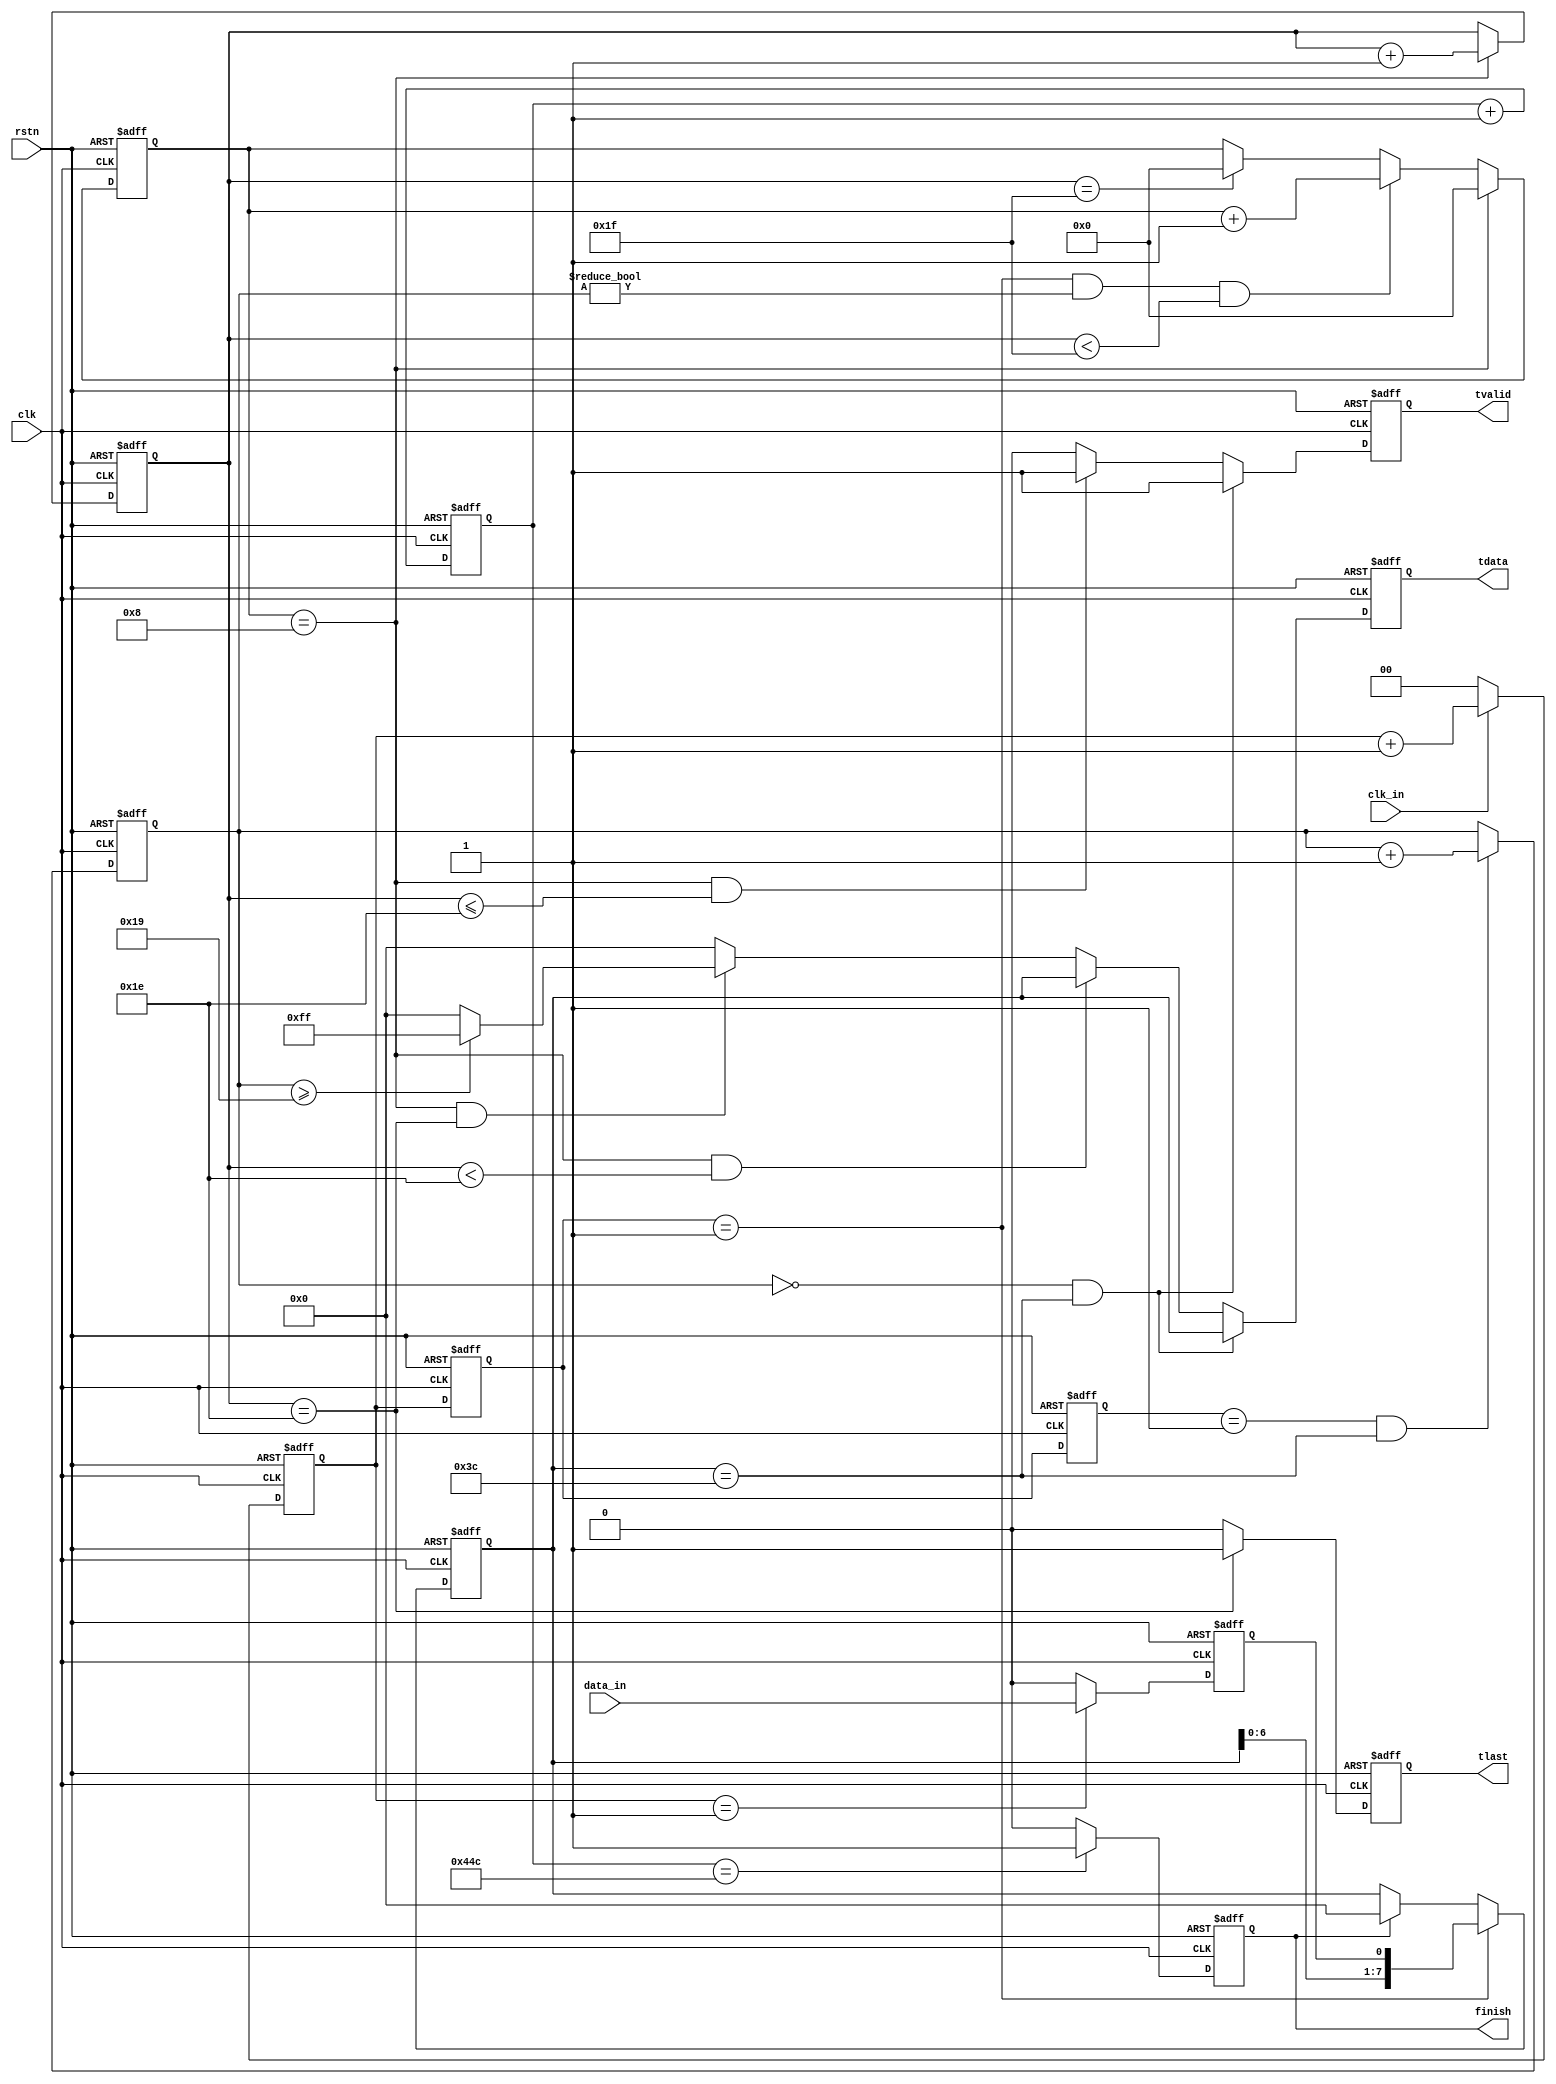
module check422_rx (
                    clk,
					rstn,
					clk_in,
					data_in,
					tvalid,
					tlast,
					tdata,
					finish
					);

input         clk;
input         rstn;
input         clk_in;
input         data_in;
output        tvalid;
output        tlast;
output  [7:0] tdata;
output        finish;

parameter [7:0] word = 8'h3c;

reg [1:0] clk_cnt;

always @(posedge clk or negedge rstn)
begin
     if (!rstn)
	    clk_cnt <= 2'b0;
	 else if (clk_in == 1'b1)
	    clk_cnt <= clk_cnt + 1'b1;
	 else
	    clk_cnt <= 2'b0;
end

reg [1:0] clk_cnt_dly1;
reg [1:0] clk_cnt_dly2;
reg [1:0] clk_cnt_dly3;

always @(posedge clk or negedge rstn)
begin
     if (!rstn)
	    begin
		clk_cnt_dly1 <= 2'b0;
		clk_cnt_dly2 <= 2'b0;
		clk_cnt_dly3 <= 2'b0;
		end
	 else
	    begin
		clk_cnt_dly1 <= clk_cnt;
		clk_cnt_dly2 <= clk_cnt_dly1;
		clk_cnt_dly3 <= clk_cnt_dly2;
		end
end

reg data_sample;

always @(posedge clk or negedge rstn)
begin
     if (!rstn)
	    data_sample <= 1'b0;
	 else if (clk_cnt == 2'd1)
	    data_sample <= data_in;
	 else
	    data_sample <= 1'b0;
end

reg [7:0] data_reg;

always @(posedge clk or negedge rstn)
begin
     if (!rstn)
	    data_reg <= 8'd0;
	 else if (clk_cnt_dly1 == 2'd1)
	    data_reg <= {data_reg[6:0],data_sample};
	 else if (finish == 1'b1)
	    data_reg <= 8'd0;
end

reg [4:0] word_cnt;

always @(posedge clk or negedge rstn)
begin
     if (!rstn)
	    word_cnt <= 5'd0;
	 else if (clk_cnt_dly2 == 2'd1 && data_reg == word)
	    word_cnt <= word_cnt + 1'b1;
end

reg [10:0] finish_cnt;

always @(posedge clk or negedge rstn)
begin
     if (!rstn)
	    finish_cnt <= 11'd0;
	 else
	    finish_cnt  <= finish_cnt + 1'b1;
end

reg finish;

always @(posedge clk or negedge rstn)
begin
     if (!rstn)
	    finish <= 1'b0;
	 else if (finish_cnt == 11'd1100)
	    finish <= 1'b1;
	 else
	    finish <= 1'b0;
end

reg [3:0] bit_cnt;
reg [4:0] byte_cnt;

always @(posedge clk or negedge rstn)
begin
     if (!rstn)
	    bit_cnt <= 4'd0;
	 else if (bit_cnt == 4'd8)
	    bit_cnt <= 4'd0;
	 else if (clk_cnt_dly1 == 1'b1 && word_cnt != 5'd0 && byte_cnt < 5'd31)
	    bit_cnt <= bit_cnt + 1'b1;
	 else if (byte_cnt == 5'd31)
	    bit_cnt <= 4'd0;
end

always @(posedge clk or negedge rstn)
begin
     if (!rstn)
	    byte_cnt <= 5'd0;
	 else if (bit_cnt == 4'd8)
	    byte_cnt <= byte_cnt + 1'b1;
end

reg tvalid;

always @(posedge clk or negedge rstn)
begin
     if (!rstn)
	    tvalid <= 1'b0;
	 else if (word_cnt == 5'd0 && data_reg == word)
	    tvalid <= 1'b1;
	 else if (bit_cnt == 4'd8 && byte_cnt <= 5'd30)
	    tvalid <= 1'b1;
	 else
	    tvalid <= 1'b0;
end

reg [7:0] tdata;

always @(posedge clk or negedge rstn)
begin
     if (!rstn)
	    tdata <= 32'd0;
	 else if (word_cnt == 5'd0 && data_reg == word)
	    tdata <= data_reg;
	 else if (bit_cnt == 4'd8 && byte_cnt < 5'd30)
	    tdata <= data_reg;
	 else if (bit_cnt == 4'd8 && byte_cnt == 5'd30)
	    begin
		if (word_cnt >= 5'd25)
		tdata <= 8'hff;
		else
		tdata <= 8'h00;
		end
	 else
	    tdata <= 8'd0;
end

reg tlast;

always @(posedge clk or negedge rstn)
begin
     if (!rstn)
	    tlast <= 1'b0;
	 else if (byte_cnt == 5'd30)
	    tlast <= 1'b1;
	 else
	    tlast <= 1'b0;
end

endmodule